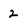
Character: 2